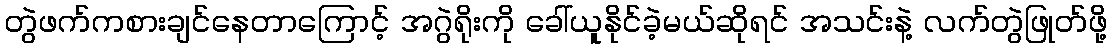
တွဲဖက်ကစားချင်နေတာကြောင့် အဂွဲရိုးကို ခေါ်ယူနိုင်ခဲ့မယ်ဆိုရင် အသင်းနဲ့ လက်တွဲဖြုတ်ဖို့